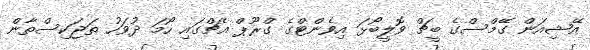
އޭޝިއަން ގޭމްސްގެ ބީޗް ވޮލީބޯޅަ އިވެންޓްގެ ގްރޫޕް އެޗްގައި ހޯމަ ދުވަހު ތަޖަކިސްތާން